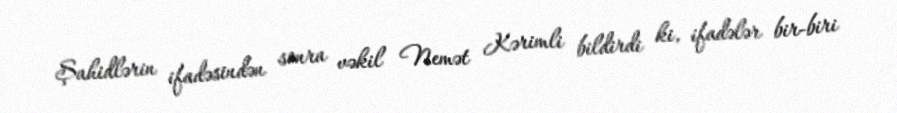
Şahidlərin ifadəsindən sonra vəkil Nemət Kərimli bildirdi ki, ifadələr bir-biri